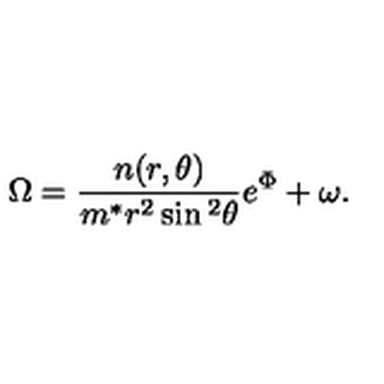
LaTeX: \Omega = \frac { n ( r , \theta ) } { m ^ { * } r ^ { 2 } \sin { } ^ { 2 } \theta } e ^ { \Phi } + \omega .